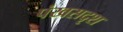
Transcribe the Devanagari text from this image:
पंखसदृश